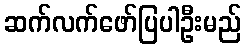
ဆက်လက်ဖော်ပြပါဦးမည်